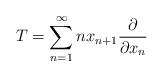
LaTeX: \begin{align*}T = \sum_{n=1}^\infty nx_{n+1}\frac{\partial}{\partial x_n}\end{align*}